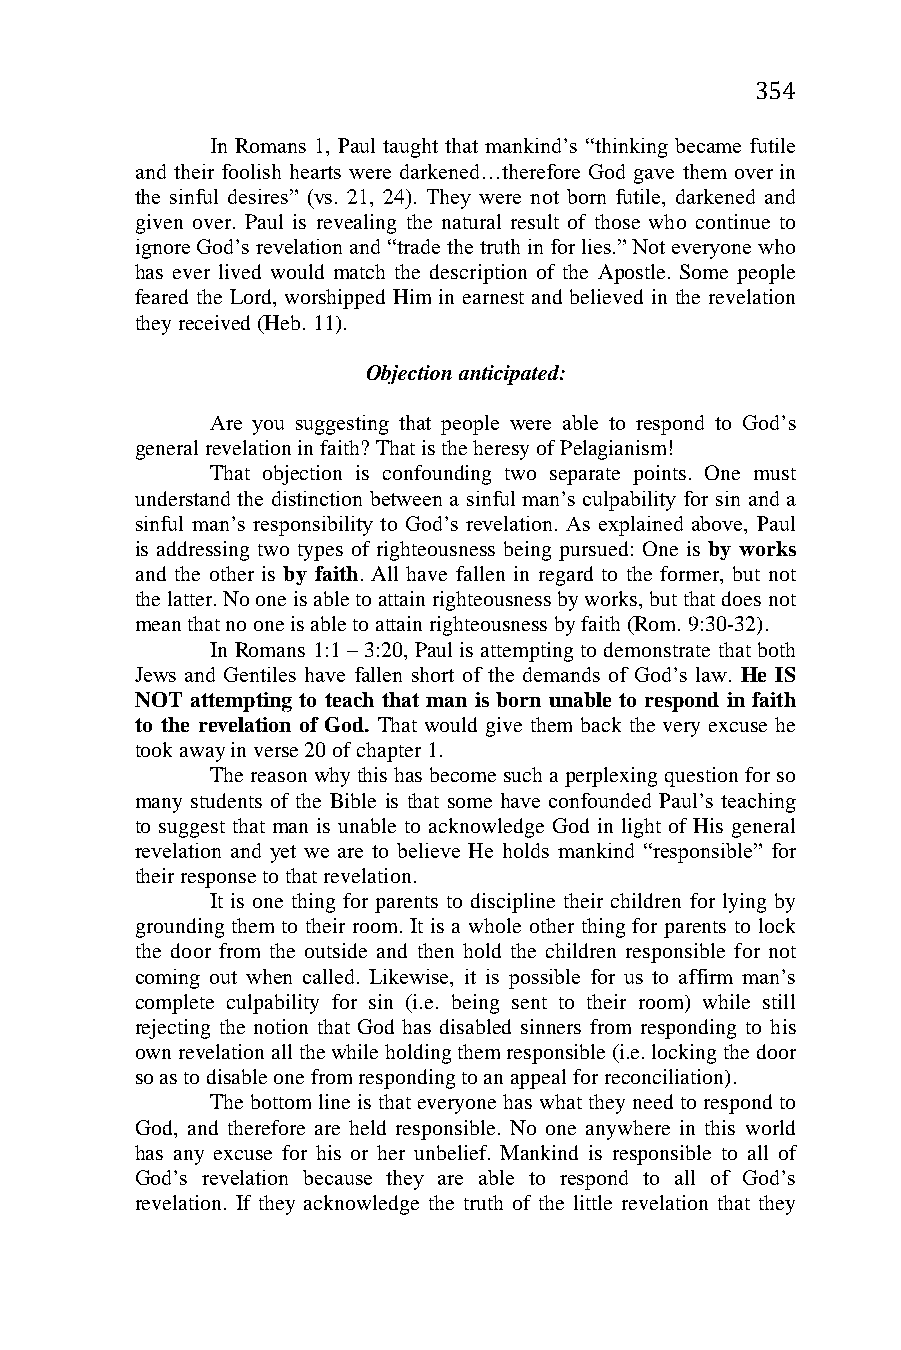
354
 In Romans 1, Paul taught that mankind’s “thinking became futile
 and their foolish hearts were darkened…therefore God gave them over in
 the sinful desires” (vs. 21, 24). They were not born futile, darkened and
 given over. Paul is revealing the natural result of those who continue to
 ignore God’s revelation and “trade the truth in for lies.” Not everyone who
 has ever lived would match the description of the Apostle. Some people
 feared the Lord, worshipped Him in earnest and believed in the revelation
 they received (Heb. 11).
 Objection anticipated:
 Are you suggesting that people were able to respond to God’s
 general revelation in faith? That is the heresy of Pelagianism!
 That objection is confounding two separate points. One must
 understand the distinction between a sinful man’s culpability for sin and a
 sinful man’s responsibility to God’s revelation. As explained above, Paul
 is addressing two types of righteousness being pursued: One is by works
 and the other is by faith. All have fallen in regard to the former, but not
 the latter. No one is able to attain righteousness by works, but that does not
 mean that no one is able to attain righteousness by faith (Rom. 9:30-32).
 In Romans 1:1 – 3:20, Paul is attempting to demonstrate that both
 Jews and Gentiles have fallen short of the demands of God’s law. He IS
 NOT attempting to teach that man is born unable to respond in faith
 to the revelation of God. That would give them back the very excuse he
 took away in verse 20 of chapter 1.
 The reason why this has become such a perplexing question for so
 many students of the Bible is that some have confounded Paul’s teaching
 to suggest that man is unable to acknowledge God in light of His general
 revelation and yet we are to believe He holds mankind “responsible” for
 their response to that revelation.
 It is one thing for parents to discipline their children for lying by
 grounding them to their room. It is a whole other thing for parents to lock
 the door from the outside and then hold the children responsible for not
 coming out when called. Likewise, it is possible for us to affirm man’s
 complete culpability for sin (i.e. being sent to their room) while still
 rejecting the notion that God has disabled sinners from responding to his
 own revelation all the while holding them responsible (i.e. locking the door
 so as to disable one from responding to an appeal for reconciliation).
 The bottom line is that everyone has what they need to respond to
 God, and therefore are held responsible. No one anywhere in this world
 has any excuse for his or her unbelief. Mankind is responsible to all of
 God’s revelation because they are able to respond to all of God’s
 revelation. If they acknowledge the truth of the little revelation that they